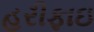
હરીફાઇ